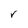
Character: r